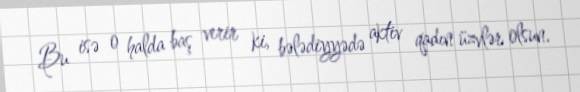
Bu isə o halda baş verir ki, bələdiyyədə aktiv qadın üzvlər olsun.